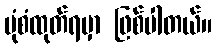
ပုံစံထုတ်ရမှာ ဖြစ်ပါတယ်။